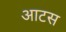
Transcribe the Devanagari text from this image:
आटस